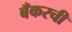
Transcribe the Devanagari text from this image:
बँकरची